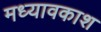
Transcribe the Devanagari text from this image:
मध्यावकाश